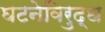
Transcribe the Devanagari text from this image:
घटनेविरुद्ध